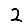
Digit: 2